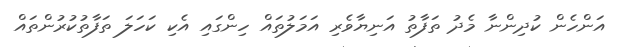
އަންހެން ކުދިންނާ މެދު ތަފާތު އަނިޔާވެރި އަމަލުތައް ހިންގައި އެކި ކަހަލަ ތަފާތުކުރުންތައް